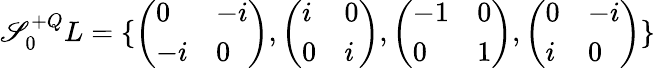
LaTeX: \mathscr{S}_{0}^{+Q}L=\{ \left(\begin{array}{ll}{{0}}&{{-i}}\\ {{-i}}&{{0}}\end{array}\right),\left(\begin{array}{ll}{{i}}&{{0}}\\ {{0}}&{{i}}\end{array}\right),\left(\begin{array}{ll}{{-1}}&{{0}}\\ {{0}}&{{1}}\end{array}\right),\left(\begin{array}{ll}{{0}}&{{-i}}\\ {{i}}&{{0}}\end{array}\right)\}